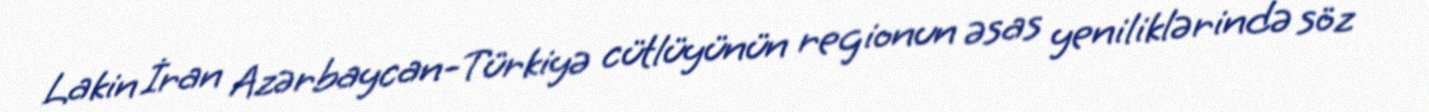
Lakin İran Azərbaycan-Türkiyə cütlüyünün regionun əsas yeniliklərində söz